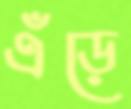
এঁড়ে